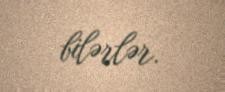
bilərlər.